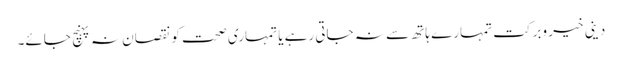
دینی خیر وبرکت تمہارے ہاتھ سے نہ جاتی رہے یا تمہاری صحت کو نقصان نہ پہنچ جائے۔